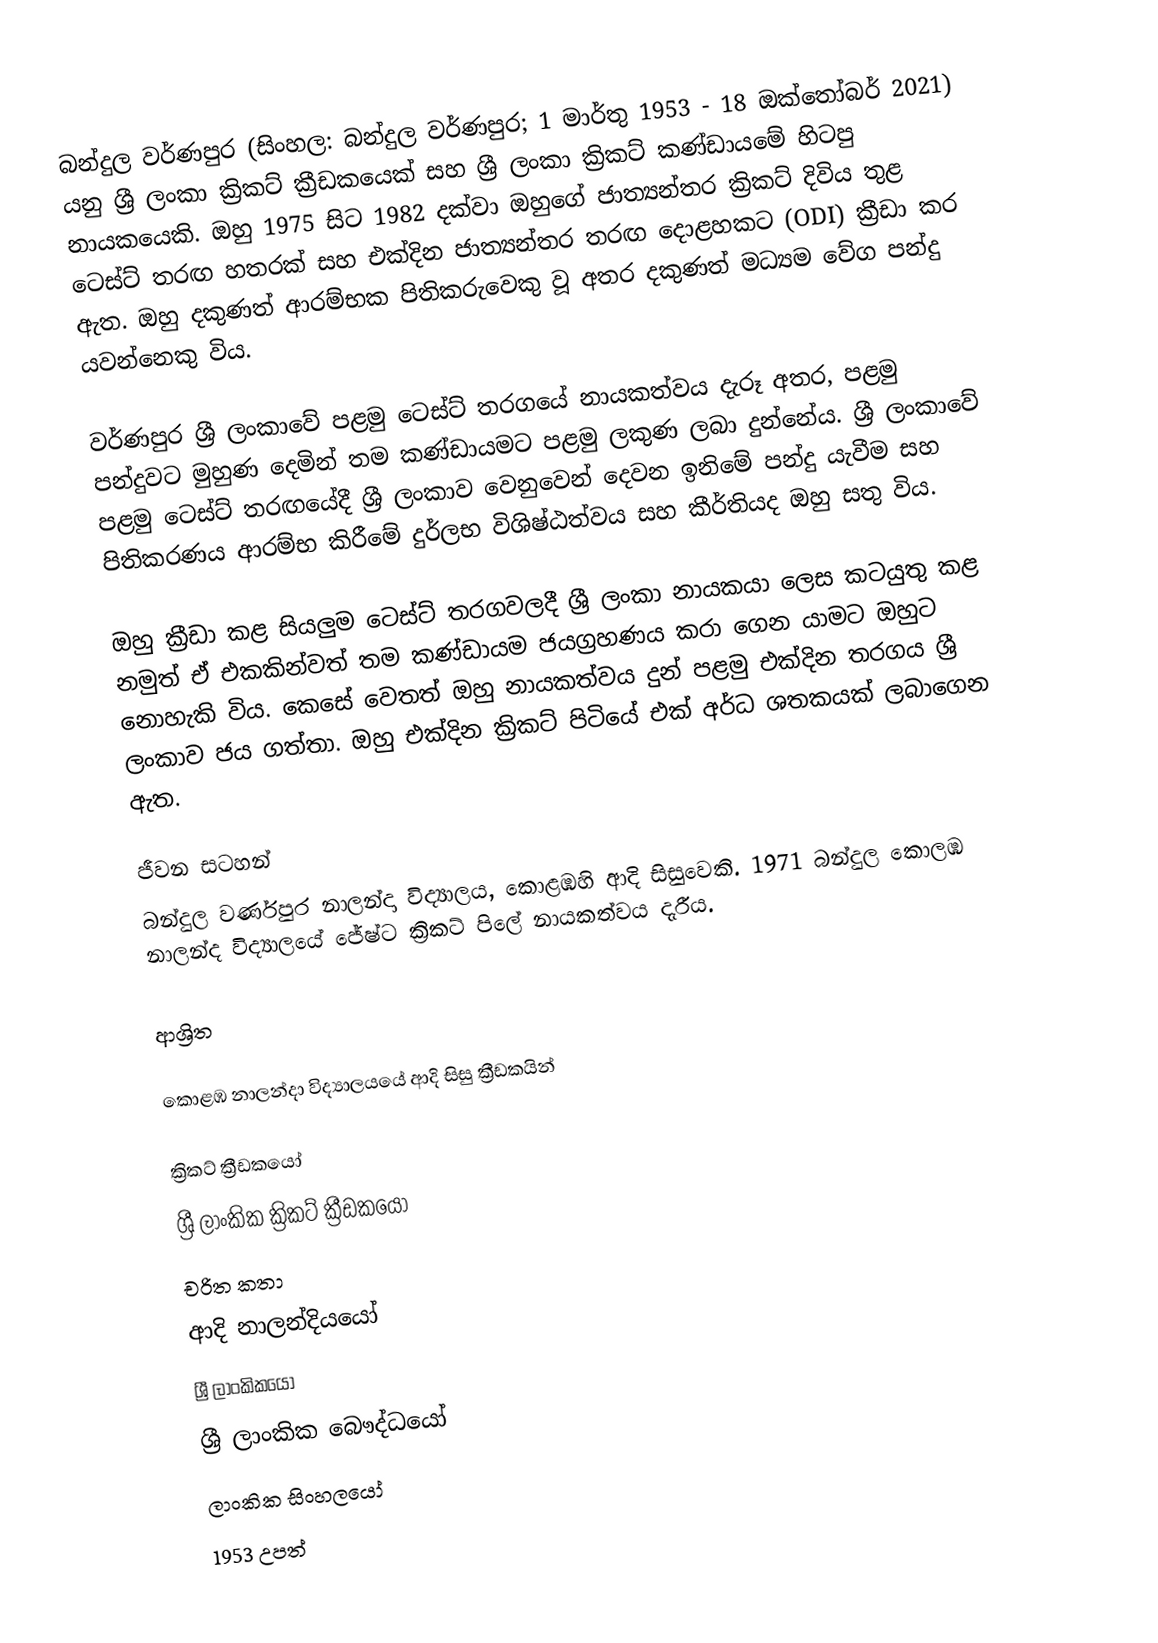
බන්දුල වර්ණපුර (සිංහල: බන්දුල වර්ණපුර; 1 මාර්තු 1953 - 18 ඔක්තෝබර් 2021) යනු ශ්‍රී ලංකා ක්‍රිකට් ක්‍රීඩකයෙක් සහ ශ්‍රී ලංකා ක්‍රිකට් කණ්ඩායමේ හිටපු නායකයෙකි. ඔහු 1975 සිට 1982 දක්වා ඔහුගේ ජාත්‍යන්තර ක්‍රිකට් දිවිය තුළ ටෙස්ට් තරඟ හතරක් සහ එක්දින ජාත්‍යන්තර තරඟ දොළහකට (ODI) ක්‍රීඩා කර ඇත. ඔහු දකුණත් ආරම්භක පිතිකරුවෙකු වූ අතර දකුණත් මධ්‍යම වේග පන්දු යවන්නෙකු විය.

වර්ණපුර ශ්‍රී ලංකාවේ පළමු ටෙස්ට් තරගයේ නායකත්වය දැරූ අතර, පළමු පන්දුවට මුහුණ දෙමින් තම කණ්ඩායමට පළමු ලකුණ ලබා දුන්නේය. ශ්‍රී ලංකාවේ පළමු ටෙස්ට් තරඟයේදී ශ්‍රී ලංකාව වෙනුවෙන් දෙවන ඉනිමේ පන්දු යැවීම සහ පිතිකරණය ආරම්භ කිරීමේ දුර්ලභ විශිෂ්ඨත්වය සහ කීර්තියද ඔහු සතු විය.

ඔහු ක්‍රීඩා කළ සියලුම ටෙස්ට් තරගවලදී ශ්‍රී ලංකා නායකයා ලෙස කටයුතු කළ නමුත් ඒ එකකින්වත් තම කණ්ඩායම ජයග්‍රහණය කරා ගෙන යාමට ඔහුට නොහැකි විය. කෙසේ වෙතත් ඔහු නායකත්වය දුන් පළමු එක්දින තරගය ශ්‍රී ලංකාව ජය ගත්තා. ඔහු එක්දින ක්‍රිකට් පිටියේ එක් අර්ධ ශතකයක් ලබාගෙන ඇත.

ජීවන සටහන්
බන්දුල වර්ණපුර  නාලන්දා විද්‍යාලය, කොළඹහි ආදි සිසුවෙකි. 1971 බන්දුල කොලඹ නාලන්ද  විද්‍යාලයේ  ජේෂ්ට ක්‍රිකට් පිලේ නායකත්වය දැරීය.

ආශ්‍රිත

කොළඹ නාලන්දා විද්‍යාලයයේ ආදි සිසු ක්‍රීඩකයින්

ක්‍රිකට් ක්‍රීඩකයෝ
ශ්‍රී ලාංකික ක්‍රිකට් ක්‍රීඩකයෝ
චරිත කතා
ආදි නාලන්දියයෝ
ශ්‍රී ලාංකිකයෝ
ශ්‍රී ලාංකික බෞද්ධයෝ
ලාංකික සිංහලයෝ
1953 උපත්